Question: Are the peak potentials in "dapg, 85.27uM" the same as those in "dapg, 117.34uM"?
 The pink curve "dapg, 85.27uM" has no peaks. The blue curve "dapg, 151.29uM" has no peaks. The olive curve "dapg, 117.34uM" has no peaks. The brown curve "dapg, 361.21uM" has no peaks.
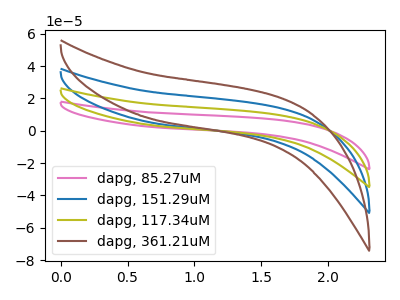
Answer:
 <answer>Niether CV has any peaks.</answer>
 <eval>blanks</eval>